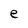
Character: e